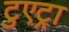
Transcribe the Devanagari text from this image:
टुएट्रा